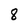
Character: 8